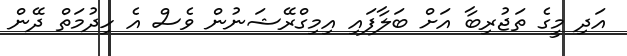
އަދި މީގެ ތަޖުރިބާ އަށް ބަލާފައި އިމިގްރޭޝަނުން ވެސް އެ ހިދުމަތް ދޭން